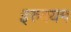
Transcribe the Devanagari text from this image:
इरुदयम